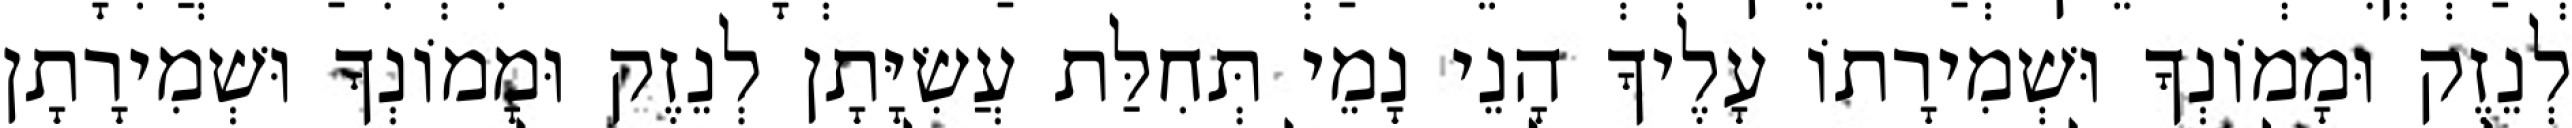
לְנֵזֶק וּמָמוֹנְךָ וּשְׁמִירָתוֹ עָלֶיךָ הָנֵי נָמֵי תְּחִלַּת עֲשִׂיָּתָן לְנֵזֶק וּמָמוֹנְךָ וּשְׁמִירָתָן